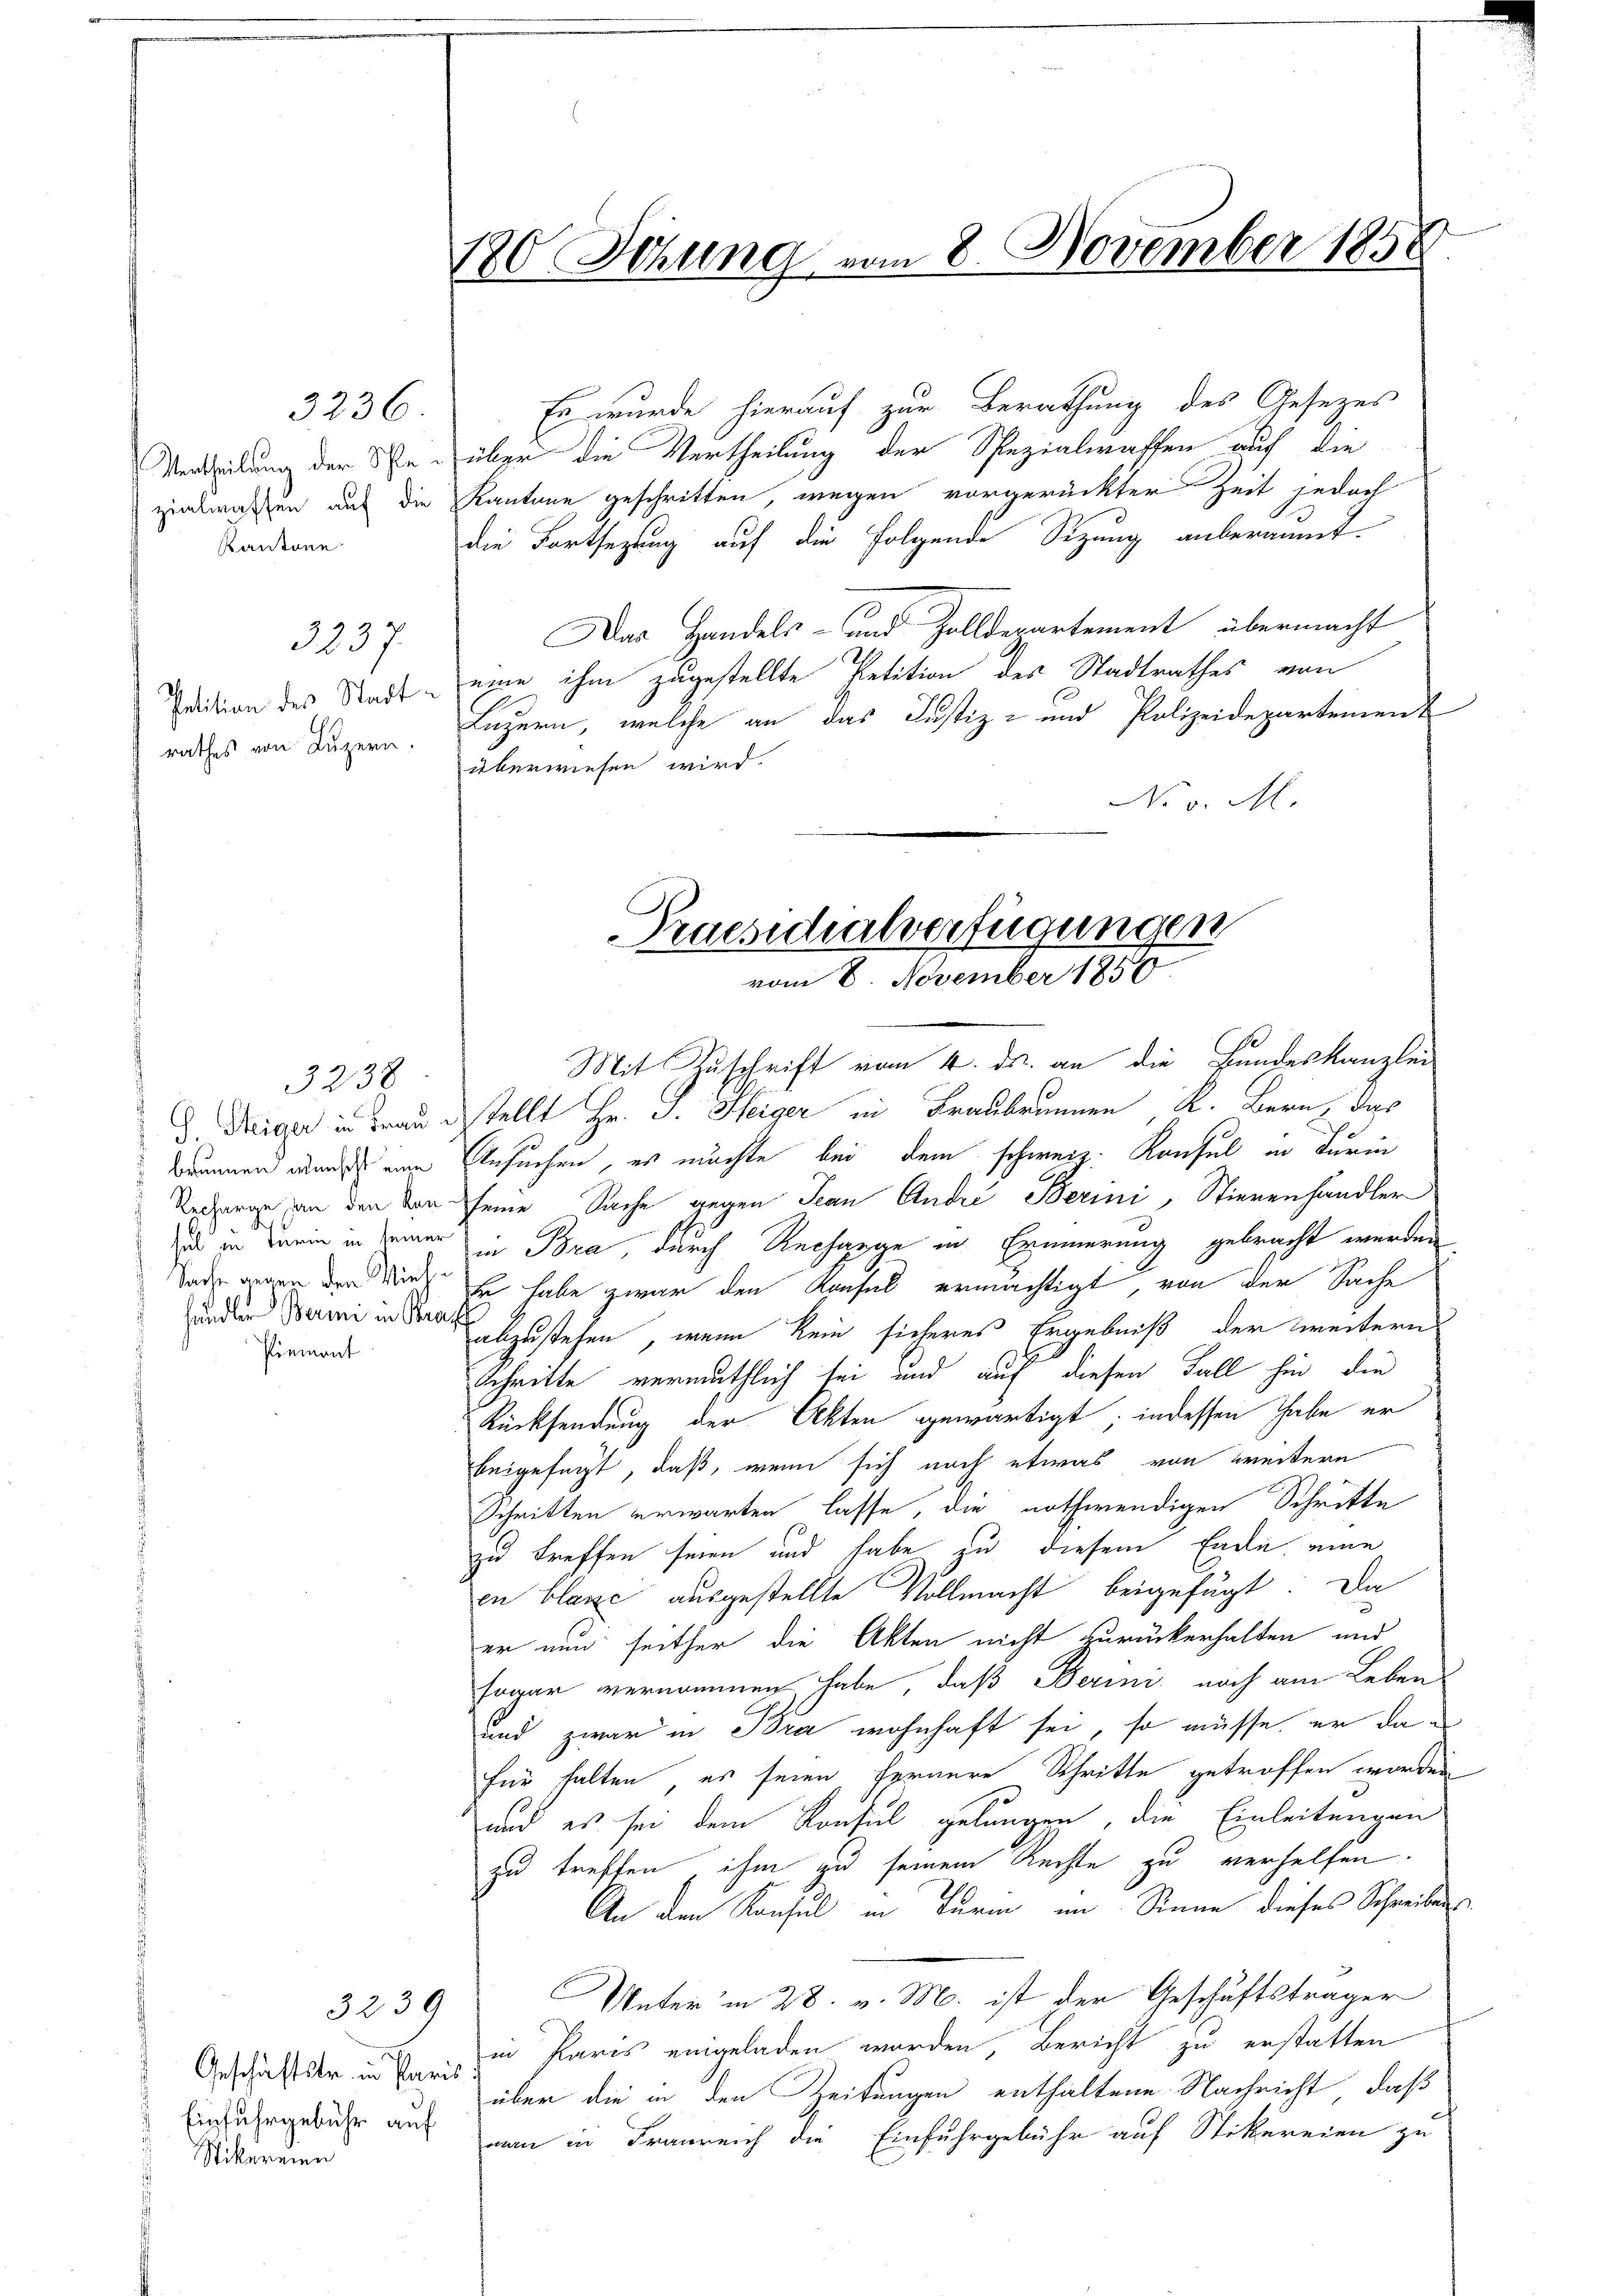
Vertheilung der Schla¬
Kantone

3238
s
de
händler Berii in Bran
Piemont

3236

rathes von Luzern.

3237.

Geschäftstr. in Paris
Stikereien

120 Sitzung vom 8. November 1858

Es wurde hierauf zur Berathung des Gesetzes
über die Vertheilung der Spezialwaffen auf die
zindwassen auf die Kantone geschritten, wegen vorgerückter Zeit jedoch
die Fortsezung auf die folgende Sitzung anberaumt.
Das Handels- und Zolldepartement übermacht
Petition des Stadt eine ihm zugestellte Petition des Stadtrathes von
Luzern, welche an das Justiz- und Polizeidepartement
überwiesen wird.
No v. M.

Praesidialverfügungen
vom 8. November 1856

Mit Zuschrift vom 4. ds. an die Bundeskanzlei
d. Weiger in Frau destellt Hr. J. Heiger in Fraubrunnen K. Bern, das
Brunnen wurde ein Ansuchen, es möchte bei dem schweiz. Konsul in Furi
Redren an den von seine Sache gegen Jean Andre Berini, Stierenhändler
us in darin in der in Bra, durch Rechange in Erinnerung gebracht werden
 wegen den Er habe zwar den Kaufes ermächtigt, von der Sache
abzustehen, wenn kein sicheres Ergebniß der weitern
Schritte vermuthlich sei und auf diesen Fall hin, die
Rücksendung der Akten gewärtigt; indessen habe er
beigefügt, daß, wenn sich noch etwas von weitern
Schritten erwarten lasse, die nothwendigen Schritte
zu treffen seien und habe zu diesem Ende, eine
in blanc ausgestellte Vollmacht beigefügt: Da
er nun seither die Akten nicht zurückerhalten und
sogar vernommen habe, daß Berini, noch am Leben
und zwar in Bra wohnhaft sei, so müsse, er da e
für halten, es seien fernere Schritte getroffen worden
und es sei dem Konsul gelungen, die Einleitungen
zu treffen, ihm zu seinem Rechte zu verhelfen.
An den Konsul in Turm im Sinne dieses Schreiben
3239 Unterm 28. v. M. ist der Geschäftsträger
in Paris eingeladen worden, Bericht zu erstatten
über die in den Zeitungen enthaltene Nachricht, daß
Einfuhrgebühr auf nun in Franreich die Einfuhrgebühr auf Stikereien zu